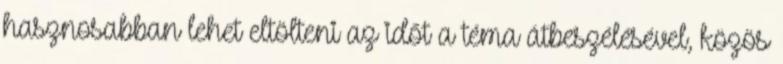
hasznosabban lehet eltölteni az időt a téma átbeszélésével, közös